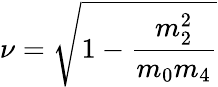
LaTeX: \nu=\sqrt{1-\frac{m_{2}^{2}}{m_{0}m_{4}}}